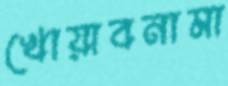
খোয়াবনামা